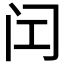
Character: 𬮚